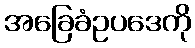
အခြေခံဥပဒေကို